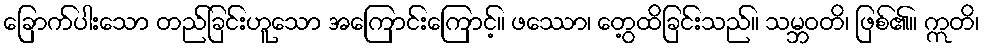
ခြောက်ပါးသော တည်ခြင်းဟူသော အကြောင်းကြောင့်။ ဖဿော၊ တွေ့ထိခြင်းသည်။ သမ္ဘဝတိ၊ ဖြစ်၏။ ဣတိ၊